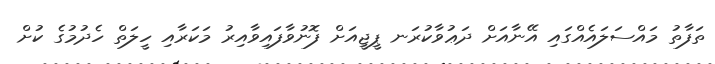
ތަފާތު މައްސަލައެއްގައި އޭނާއަށް ދަޢުވާކުރަނ ޕީޖީއަށް ފޮނުވާފައިވާއިރު މަކަރާއި ހީލަތް ހެދުމުގެ ކުށް